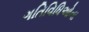
ગતિવિધિઓના